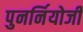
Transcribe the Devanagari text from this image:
पुनर्नियोजी